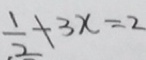
\frac { 1 } { 2 } - 3 x = 2